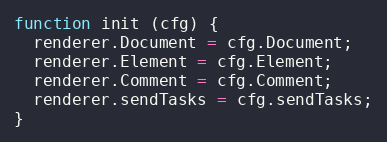
Language: JavaScript
function init (cfg) {
  renderer.Document = cfg.Document;
  renderer.Element = cfg.Element;
  renderer.Comment = cfg.Comment;
  renderer.sendTasks = cfg.sendTasks;
}